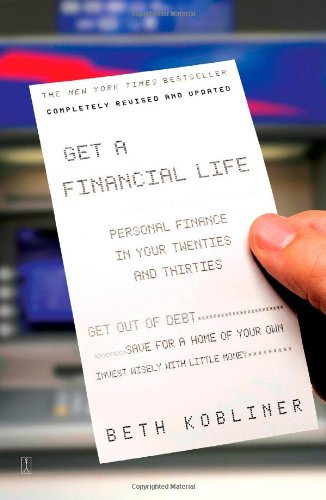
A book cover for Get a Financial Life: Personal Finance In Your Twenties and Thirties; Beth Kobliner; Business & Money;